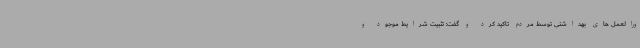
ورالعمل های بهداشتی توسط مردم تاکید کرد و گفت: تثبیت شرایط موجود و